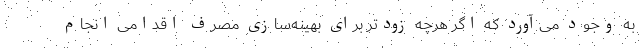
به وجود می‌آورد که اگر هرچه زودتر برای بهینه‌سازی مصرف اقدامی انجام